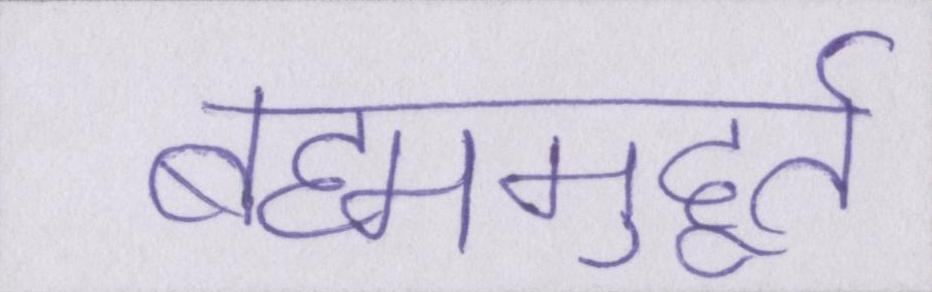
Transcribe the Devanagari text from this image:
ब्रह्ममुहूर्त